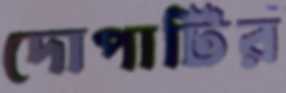
দোপাটির